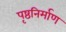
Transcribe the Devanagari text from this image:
पृष्ठनिर्माण